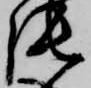
張